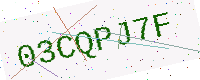
Text: 03CQPJ7F